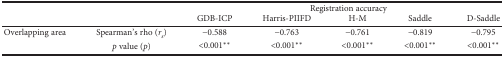
<table><thead><tr><td rowspan="2"></td><td rowspan="2"></td><td colspan="5"><b>Registration accuracy</b></td></tr><tr><td><b>GDB-ICP</b></td><td><b>Harris-PIIFD</b></td><td><b>H-M</b></td><td><b>Saddle</b></td><td><b>D-Saddle</b></td></tr></thead><tbody><tr><td>Overlapping area</td><td>Spearman&#x27;s rho (<i>r<sub>s</sub></i>)</td><td>−0.588</td><td>−0.763</td><td>−0.761</td><td>−0.819</td><td>−0.795</td></tr><tr><td></td><td><i>p</i> value (<i>p</i>)</td><td>&lt;0.001<sup>∗∗</sup></td><td>&lt;0.001<sup>∗∗</sup></td><td>&lt;0.001<sup>∗∗</sup></td><td>&lt;0.001<sup>∗∗</sup></td><td>&lt;0.001<sup>∗∗</sup></td></tr></tbody></table>